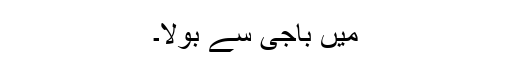
میں باجی سے بولا۔